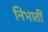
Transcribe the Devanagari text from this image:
निभातीं